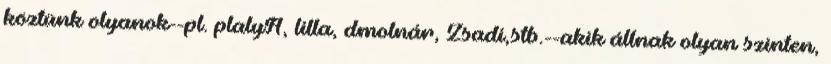
köztünk olyanok--pl. plalyA, lilla, dmolnár, Zsadi,stb.--akik állnak olyan szinten,